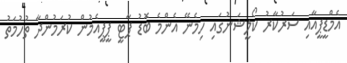
އެމްޑީޕީއާއި ސަރުކާރު ކޯލީޝަނުގައި ހިމެނޭ އެންމެ ބޮޑު ޕާޓީ ޕީޕީއެމުން ކުރަމުންދާ ތުހުމަތު